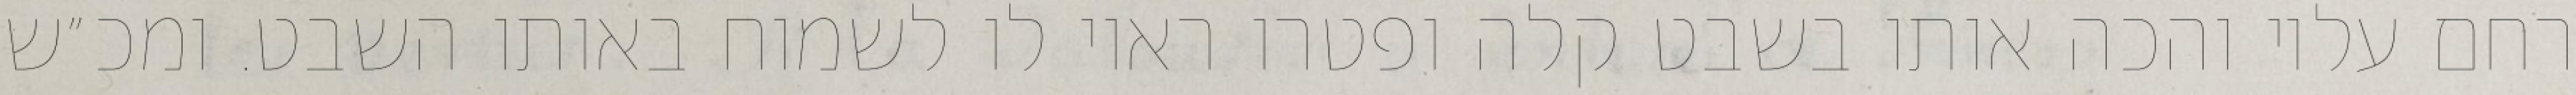
רחם עליו והכה אותו בשבט קלה ופטרו ראוי לו לשמוח באותו השבט. ומכ״ש